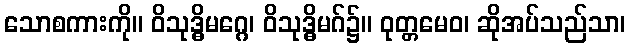
သောစကားကို။ ဝိသုဒ္ဓိမဂ္ဂေ၊ ဝိသုဒ္ဓိမဂ်၌။ ဝုတ္တမေဝ၊ ဆိုအပ်သည်သာ၊